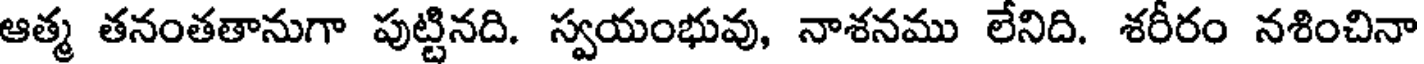
ఆత్మ తనంతతానుగా పుట్టినది. స్వయంభువు, నాశనము లేనిది. శరీరం నశించినా